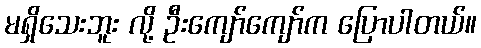
မရှိသေးဘူး လို့ ဦးကျော်ကျော်က ပြောပါတယ်။